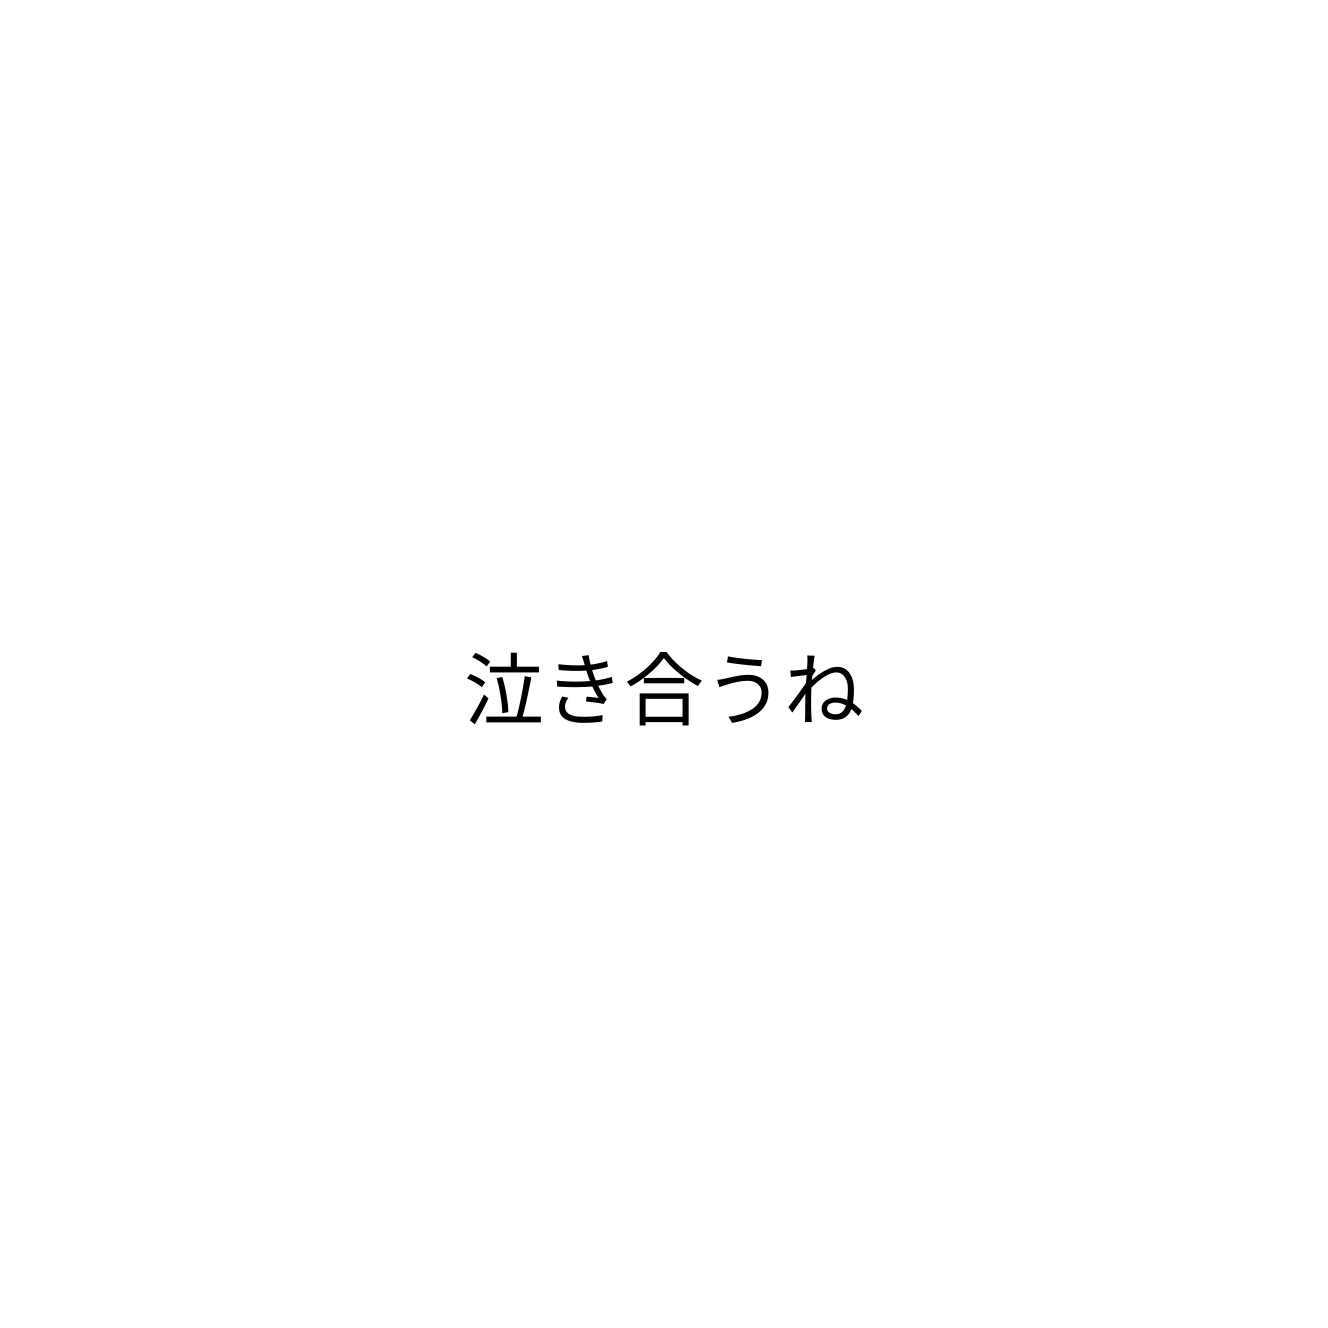
泣き合うね